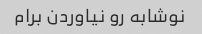
نوشابه رو نیاوردن برام